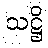
သဋ္ဌိ